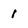
Character: l